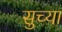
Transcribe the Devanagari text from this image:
सुच्या